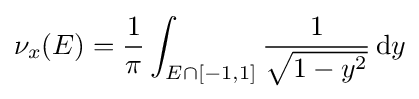
\nu _{x}(E)={\frac {1}{\pi }}\int _{E\cap [-1,1]}{\frac {1}{\sqrt {1-y^{2}}}}\,{\text{d}}y